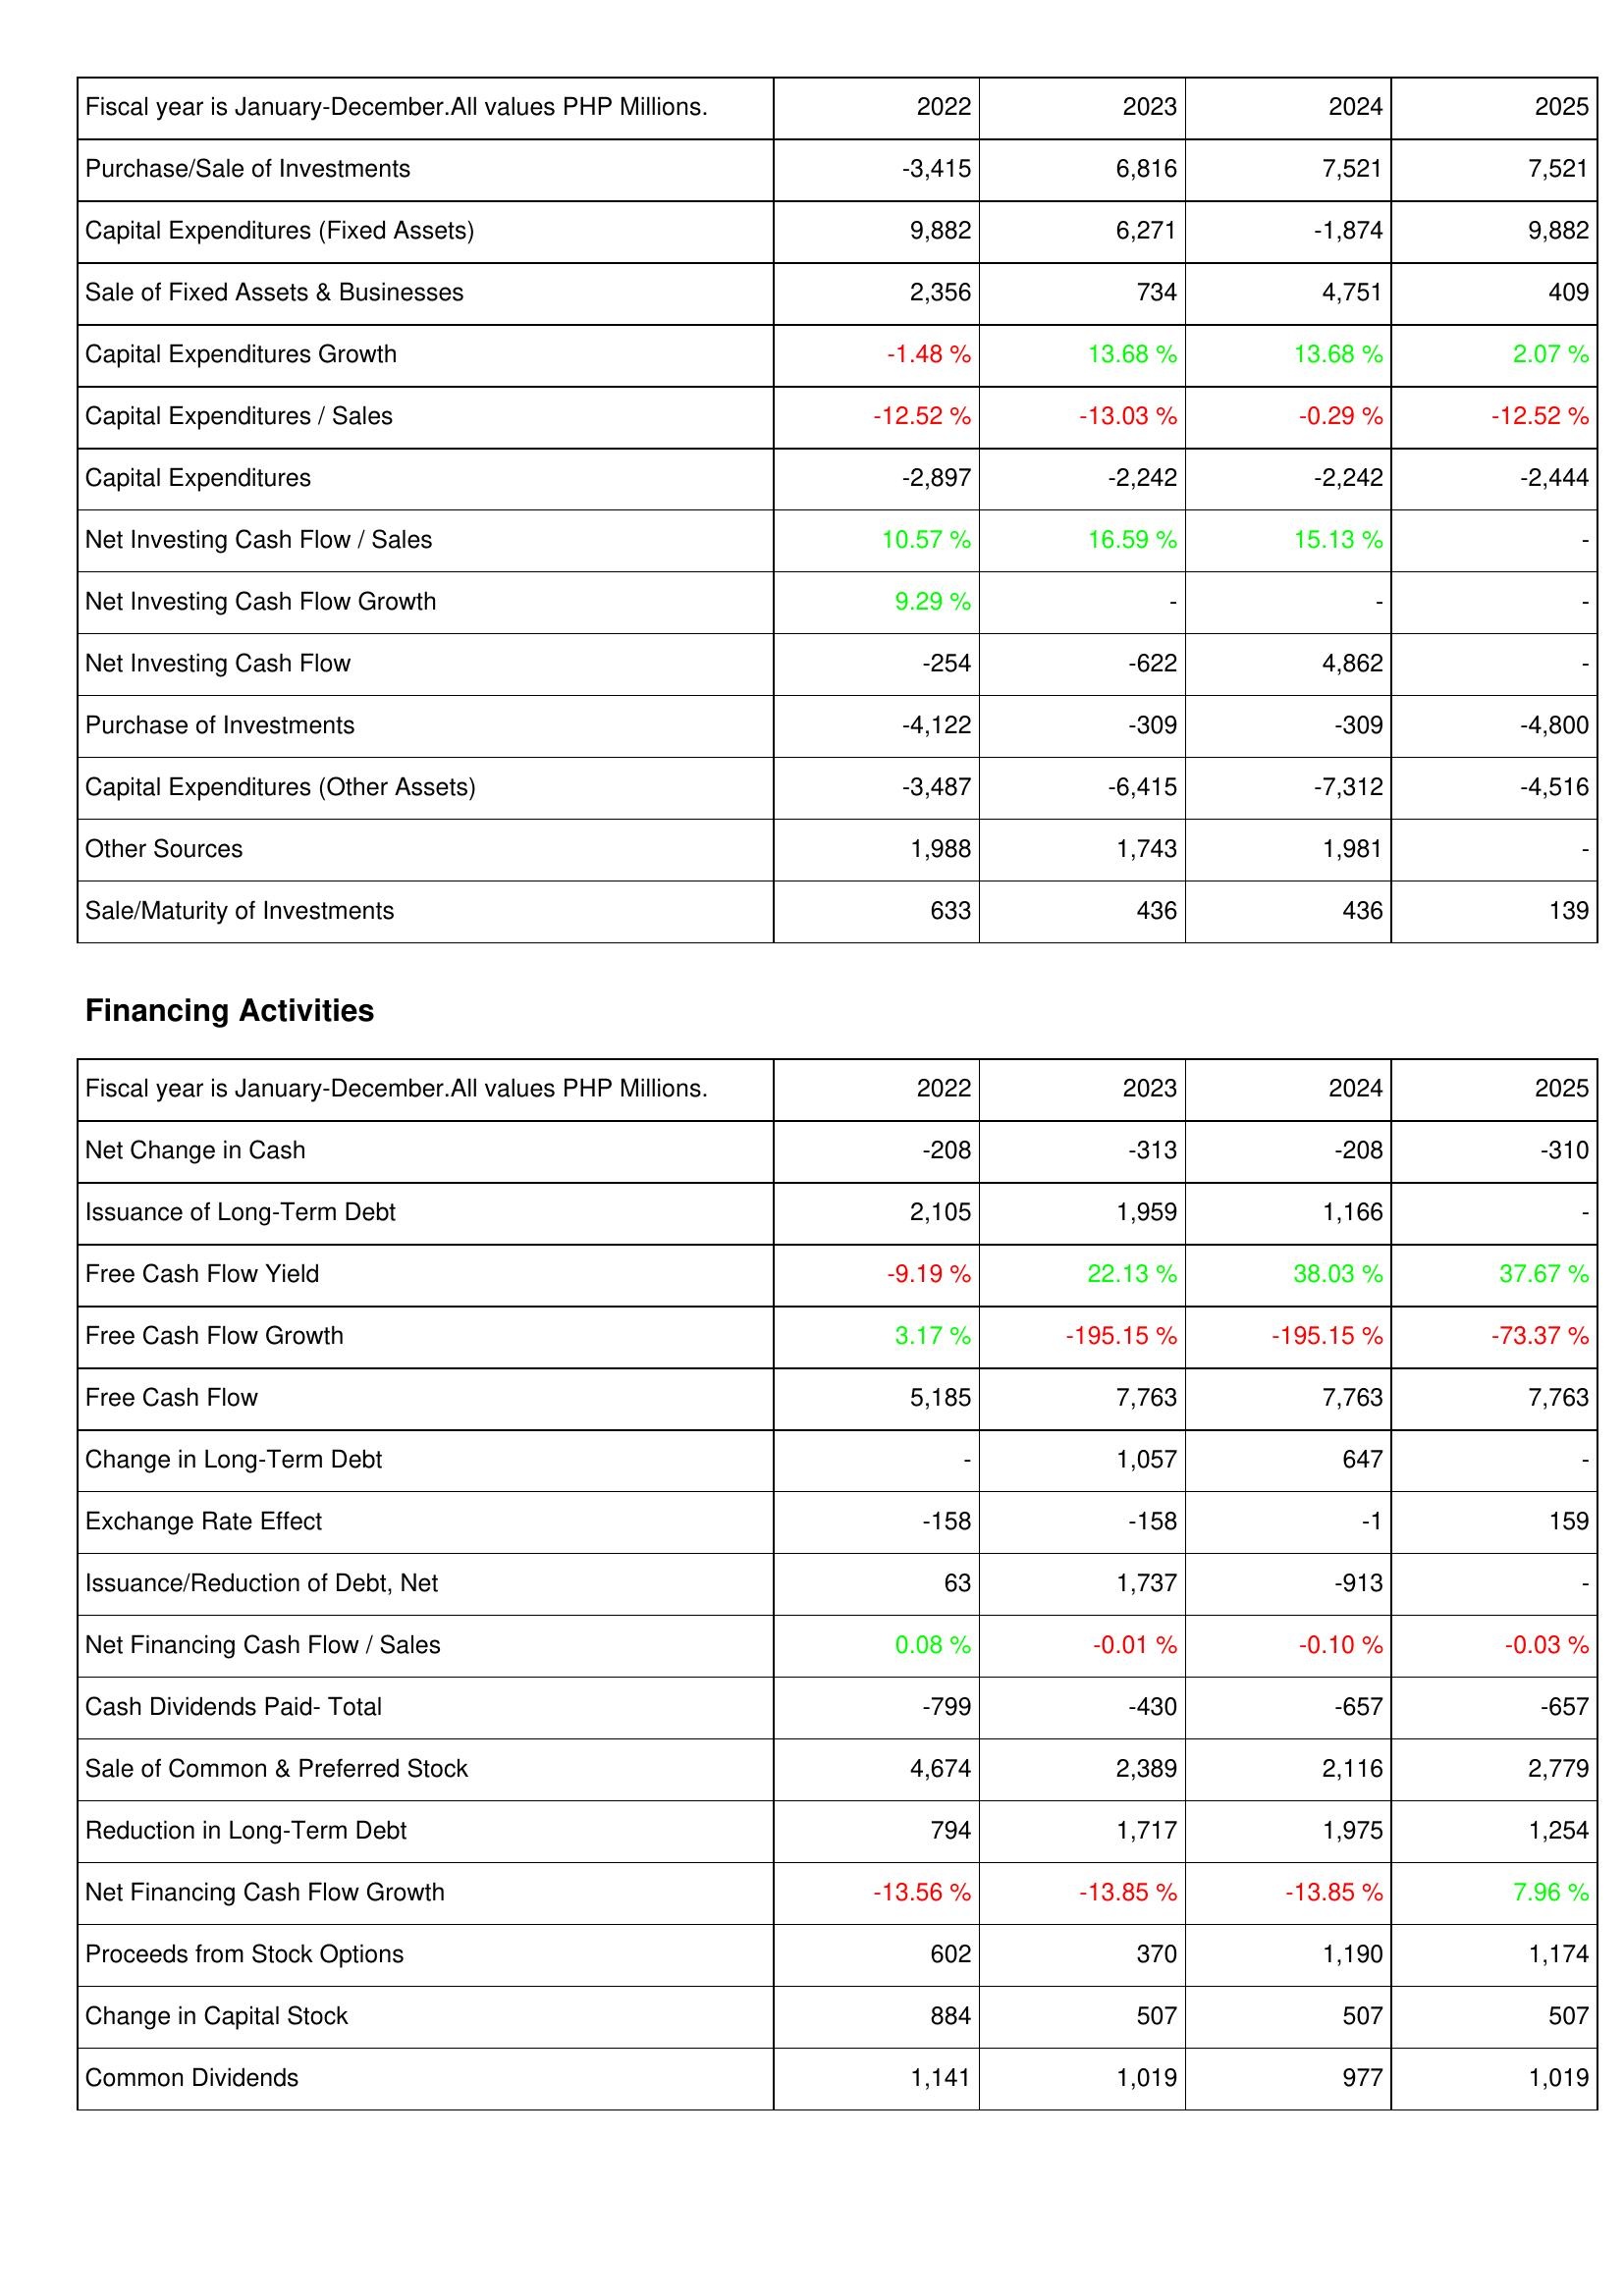
2022: Investing Activities: Purchase/Sale of Investments: -3,415
Capital Expenditures (Fixed Assets): 9,882
Sale of Fixed Assets & Businesses: 2,356
Capital Expenditures Growth: -1.48 %
Capital Expenditures / Sales: -12.52 %
Capital Expenditures: -2,897
Net Investing Cash Flow / Sales: 10.57 %
Net Investing Cash Flow Growth: 9.29 %
Net Investing Cash Flow: -254
Purchase of Investments: -4,122
Capital Expenditures (Other Assets): -3,487
Other Sources: 1,988
Sale/Maturity of Investments: 633
Financing Activities: Net Change in Cash: -208
Issuance of Long-Term Debt: 2,105
Free Cash Flow Yield: -9.19 %
Free Cash Flow Growth: 3.17 %
Free Cash Flow: 5,185
Change in Long-Term Debt: -
Exchange Rate Effect: -158
Issuance/Reduction of Debt, Net: 63
Net Financing Cash Flow / Sales: 0.08 %
Cash Dividends Paid- Total: -799
Sale of Common & Preferred Stock: 4,674
Reduction in Long-Term Debt: 794
Net Financing Cash Flow Growth: -13.56 %
Proceeds from Stock Options: 602
Change in Capital Stock: 884
Common Dividends: 1,141
2023: Investing Activities: Purchase/Sale of Investments: 6,816
Capital Expenditures (Fixed Assets): 6,271
Sale of Fixed Assets & Businesses: 734
Capital Expenditures Growth: 13.68 %
Capital Expenditures / Sales: -13.03 %
Capital Expenditures: -2,242
Net Investing Cash Flow / Sales: 16.59 %
Net Investing Cash Flow Growth: -
Net Investing Cash Flow: -622
Purchase of Investments: -309
Capital Expenditures (Other Assets): -6,415
Other Sources: 1,743
Sale/Maturity of Investments: 436
Financing Activities: Net Change in Cash: -313
Issuance of Long-Term Debt: 1,959
Free Cash Flow Yield: 22.13 %
Free Cash Flow Growth: -195.15 %
Free Cash Flow: 7,763
Change in Long-Term Debt: 1,057
Exchange Rate Effect: -158
Issuance/Reduction of Debt, Net: 1,737
Net Financing Cash Flow / Sales: -0.01 %
Cash Dividends Paid- Total: -430
Sale of Common & Preferred Stock: 2,389
Reduction in Long-Term Debt: 1,717
Net Financing Cash Flow Growth: -13.85 %
Proceeds from Stock Options: 370
Change in Capital Stock: 507
Common Dividends: 1,019
2024: Investing Activities: Purchase/Sale of Investments: 7,521
Capital Expenditures (Fixed Assets): -1,874
Sale of Fixed Assets & Businesses: 4,751
Capital Expenditures Growth: 13.68 %
Capital Expenditures / Sales: -0.29 %
Capital Expenditures: -2,242
Net Investing Cash Flow / Sales: 15.13 %
Net Investing Cash Flow Growth: -
Net Investing Cash Flow: 4,862
Purchase of Investments: -309
Capital Expenditures (Other Assets): -7,312
Other Sources: 1,981
Sale/Maturity of Investments: 436
Financing Activities: Net Change in Cash: -208
Issuance of Long-Term Debt: 1,166
Free Cash Flow Yield: 38.03 %
Free Cash Flow Growth: -195.15 %
Free Cash Flow: 7,763
Change in Long-Term Debt: 647
Exchange Rate Effect: -1
Issuance/Reduction of Debt, Net: -913
Net Financing Cash Flow / Sales: -0.10 %
Cash Dividends Paid- Total: -657
Sale of Common & Preferred Stock: 2,116
Reduction in Long-Term Debt: 1,975
Net Financing Cash Flow Growth: -13.85 %
Proceeds from Stock Options: 1,190
Change in Capital Stock: 507
Common Dividends: 977
2025: Investing Activities: Purchase/Sale of Investments: 7,521
Capital Expenditures (Fixed Assets): 9,882
Sale of Fixed Assets & Businesses: 409
Capital Expenditures Growth: 2.07 %
Capital Expenditures / Sales: -12.52 %
Capital Expenditures: -2,444
Net Investing Cash Flow / Sales: -
Net Investing Cash Flow Growth: -
Net Investing Cash Flow: -
Purchase of Investments: -4,800
Capital Expenditures (Other Assets): -4,516
Other Sources: -
Sale/Maturity of Investments: 139
Financing Activities: Net Change in Cash: -310
Issuance of Long-Term Debt: -
Free Cash Flow Yield: 37.67 %
Free Cash Flow Growth: -73.37 %
Free Cash Flow: 7,763
Change in Long-Term Debt: -
Exchange Rate Effect: 159
Issuance/Reduction of Debt, Net: -
Net Financing Cash Flow / Sales: -0.03 %
Cash Dividends Paid- Total: -657
Sale of Common & Preferred Stock: 2,779
Reduction in Long-Term Debt: 1,254
Net Financing Cash Flow Growth: 7.96 %
Proceeds from Stock Options: 1,174
Change in Capital Stock: 507
Common Dividends: 1,019